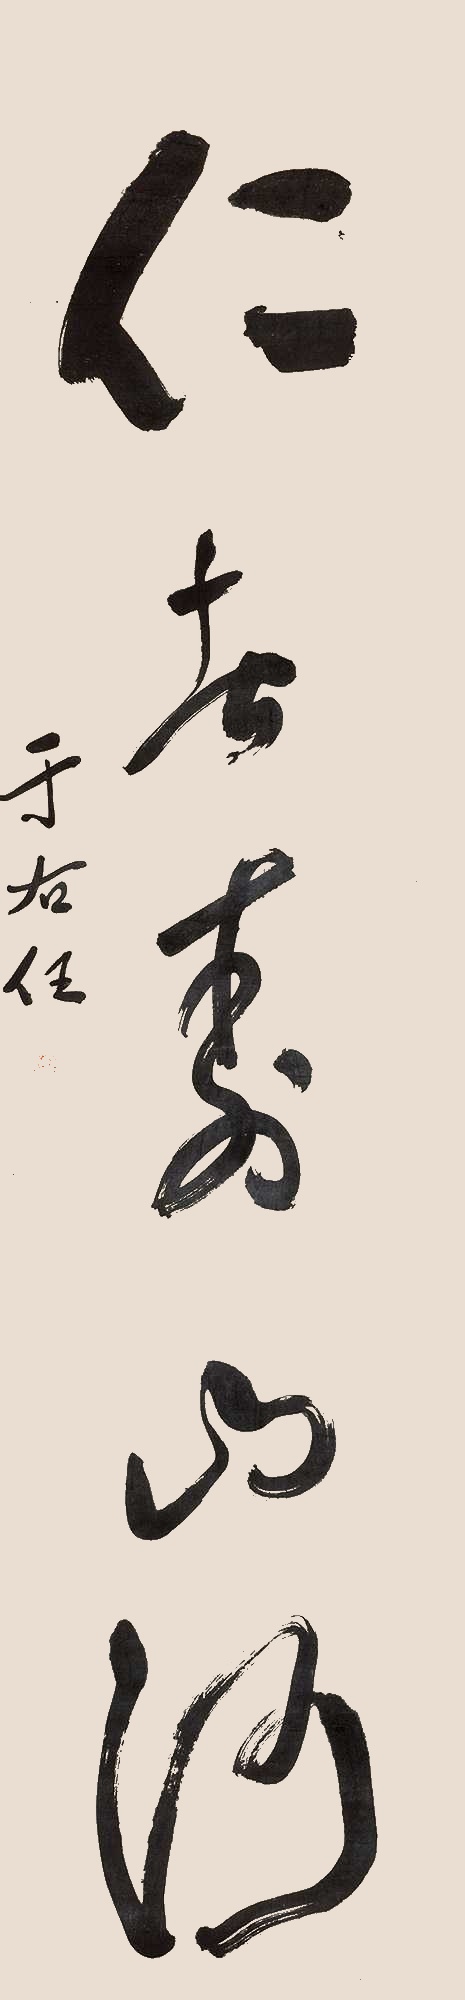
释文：仁者寿山河于右任